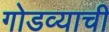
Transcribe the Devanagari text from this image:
गोडव्याची